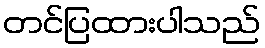
တင်ပြထားပါသည်